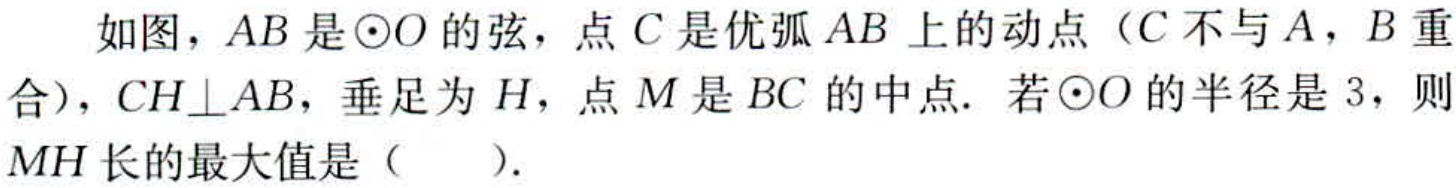
如图，\(AB\)是\(\odot O\)的弦，点\(C\)是优弧\(AB\)上的动点（\(C\)不与\(A\)，\(B\)重合），\(CH\perp AB\)，垂足为\(H\)，点\(M\)是\(BC\)的中点. 若\(\odot O\)的半径是\(3\)，则\(MH\)长的最大值是（  ）.